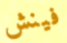
فينش